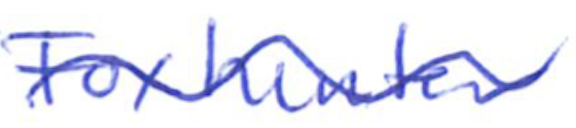
Text: Foxhunter
Cross-out: wave
Writing tool: ballpoint